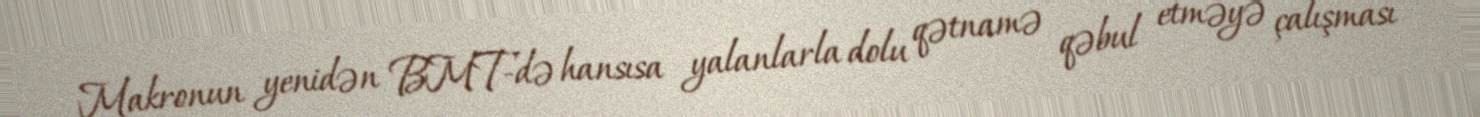
Makronun yenidən BMT-də hansısa yalanlarla dolu qətnamə qəbul etməyə çalışması